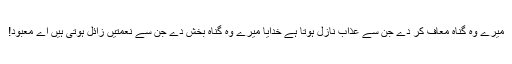
میرے وہ گناہ معاف کر دے جن سے عذاب نازل ہوتا ہے خدایا میرے وہ گناہ بخش دے جن سے نعمتیں زائل ہوتی ہیں اے معبود!